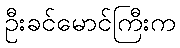
ဦးခင်မောင်ကြီးက